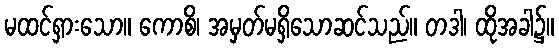
မထင်ရှားသော။ ကောစိ၊ အမှတ်မရှိသောဆင်သည်။ တဒါ၊ ထိုအခါ၌။